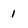
Character: 1